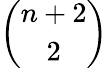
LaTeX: \binom{n+2}{2}